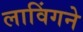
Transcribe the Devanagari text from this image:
लाविंगने